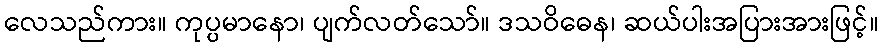
လေသည်ကား။ ကုပ္ပမာနော၊ ပျက်လတ်သော်။ ဒသဝိဓေန၊ ဆယ်ပါးအပြားအားဖြင့်။